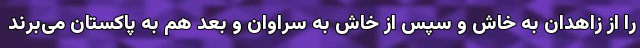
را از زاهدان به خاش و سپس از خاش به سراوان و بعد هم به پاکستان می‌برند